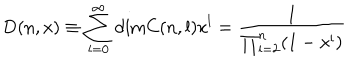
LaTeX: \mathrm { D } ( n , x ) \equiv \sum _ { l = 0 } ^ { \infty } \mathrm { d i m } C ( n , l ) x ^ { l } = \frac { 1 } { \prod _ { i = 2 } ^ { n } ( 1 - x ^ { i } ) }